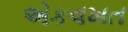
એકવખત